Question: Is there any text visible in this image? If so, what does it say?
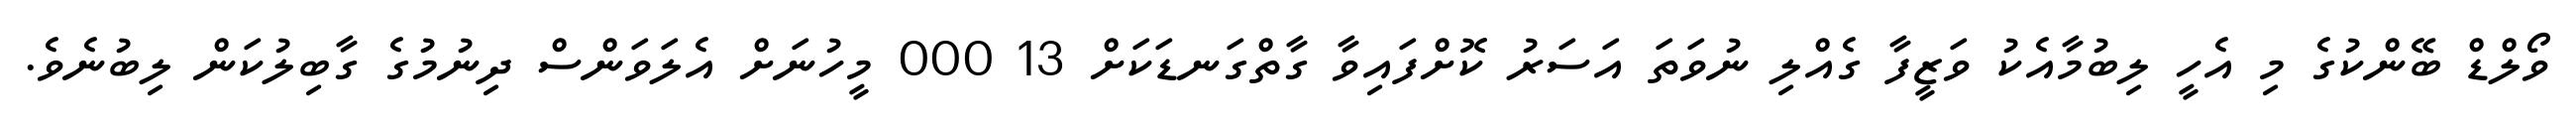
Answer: ވޯލްޑް ބޭންކުގެ މި އެހީ ލިބުމާއެކު ވަޒީފާ ގެއްލި ނުވަތަ އަސަރު ކޮށްފައިވާ ގާތްގަނޑަކަށް 13 000 މީހުނަށް އެލަވަންސް ދިނުމުގެ ގާބިލުކަން ލިބުނެވެ.